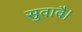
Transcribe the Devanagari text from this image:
सुवावै।